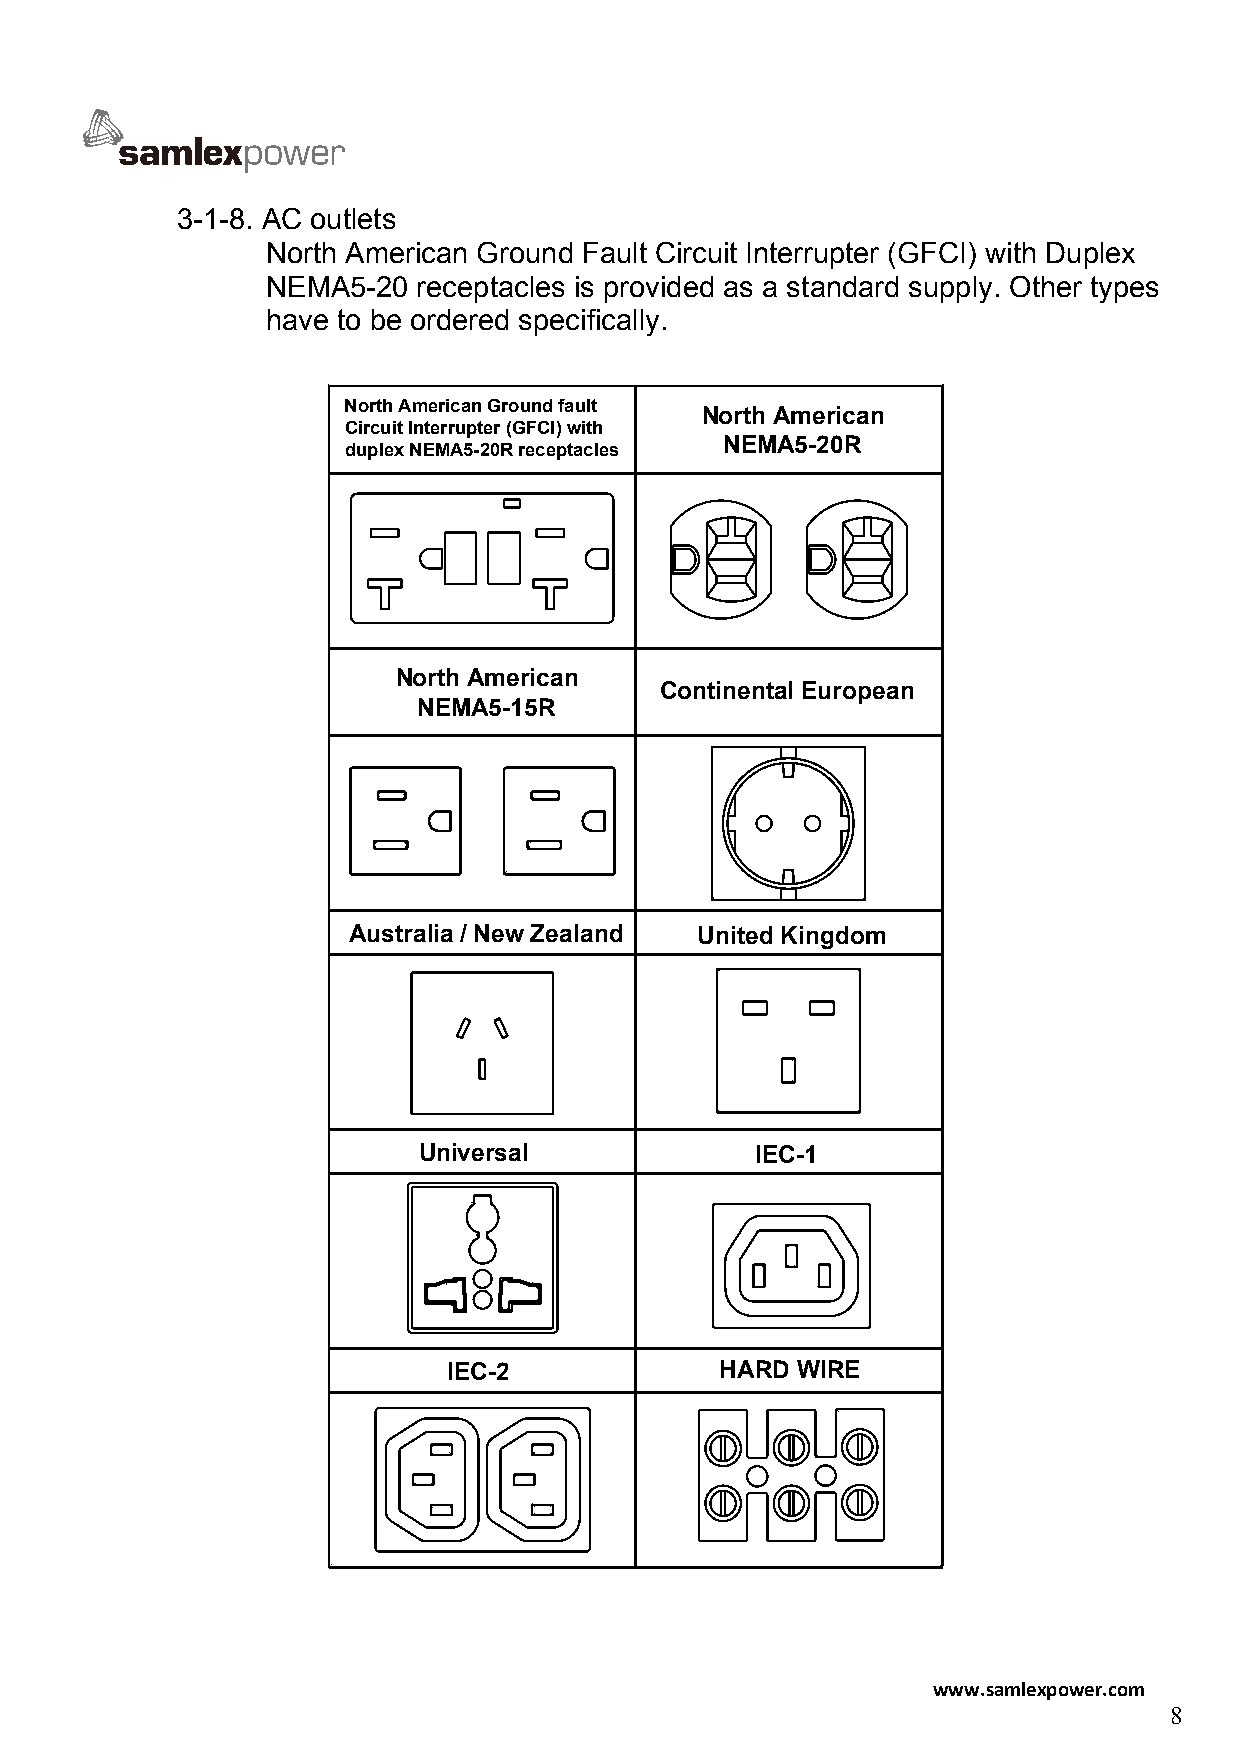
3-1-8. AC outlets
 North American Ground Fault Circuit Interrupter (GFCI) with Duplex
 NEMA5-20  receptacles is provided as a standard supply. Other types
 have to be ordered specifically.
 North American Ground fault
 North American
 Circuit Interrupter (GFCI) with
 NEMA5-20R
 duplex NEMA5-20R receptacles
 North American
 Continental European
 NEMA5-15R
 Australia / New Zealand United Kingdom
 Universal             IEC-1
 IEC-2             HARD WIRE
 www.samlexpower.com
 8